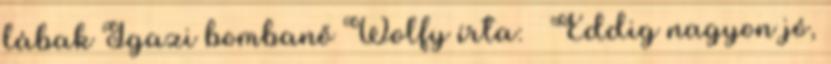
lábak Igazi bombanő Wolfy írta: ↑ Eddig nagyon jó,